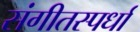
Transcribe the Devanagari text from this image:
संगीतस्पर्धा